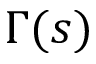
\Gamma ( s )